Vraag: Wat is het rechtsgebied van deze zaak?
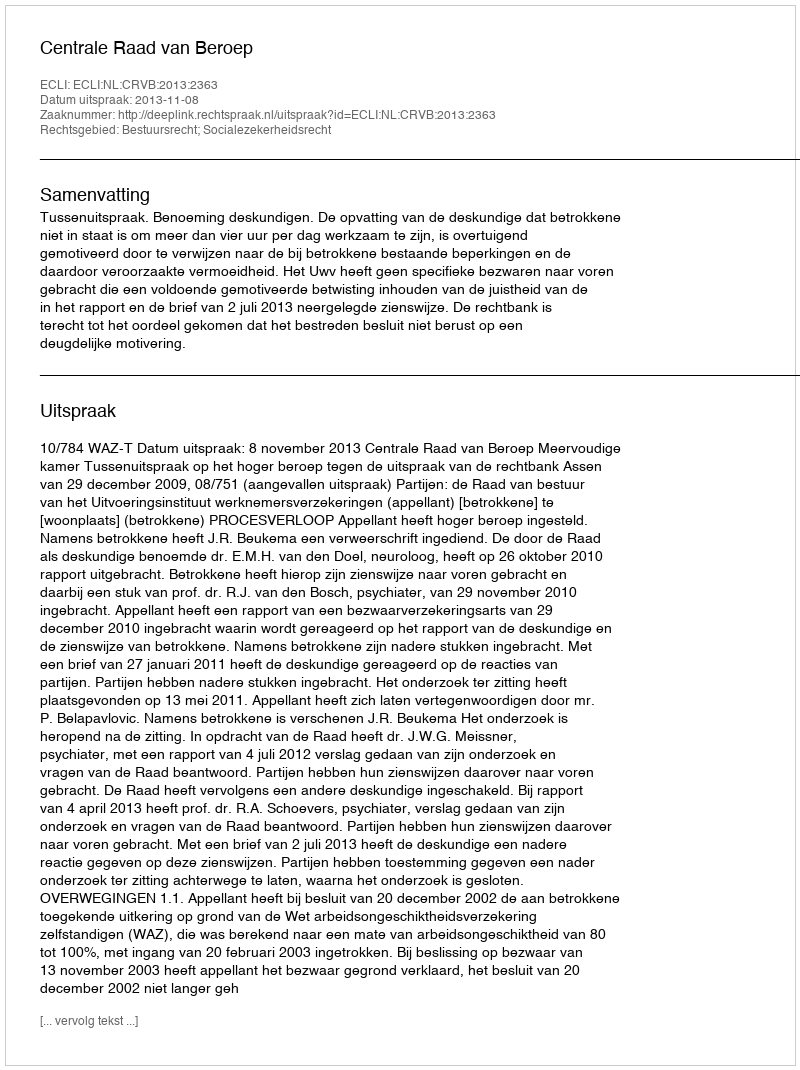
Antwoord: Bestuursrecht; Socialezekerheidsrecht